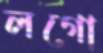
লগো